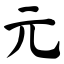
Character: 元